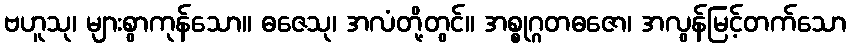
ဗဟူသု၊ များစွာကုန်သော။ ဓဇေသု၊ အလံတို့တွင်။ အစ္စုဂ္ဂတဓဇော၊ အလွန်မြင့်တက်သော